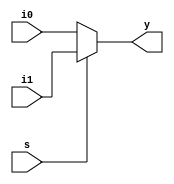
module mux(
	input i0,i1,s,
	output y
);

	assign y = (s == 0) ? i0:i1;
	
endmodule